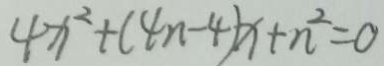
4 x ^ { 2 } + ( 4 n - 4 ) x + n ^ { 2 } = 0